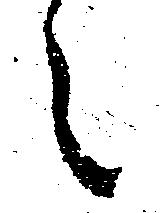
々